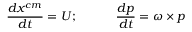
\frac { d \boldsymbol { x } ^ { c m } } { d t } = \boldsymbol { U } ; \qquad \quad \frac { d \boldsymbol { p } } { d t } = \boldsymbol { \omega } \times \boldsymbol { p }